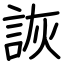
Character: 詼